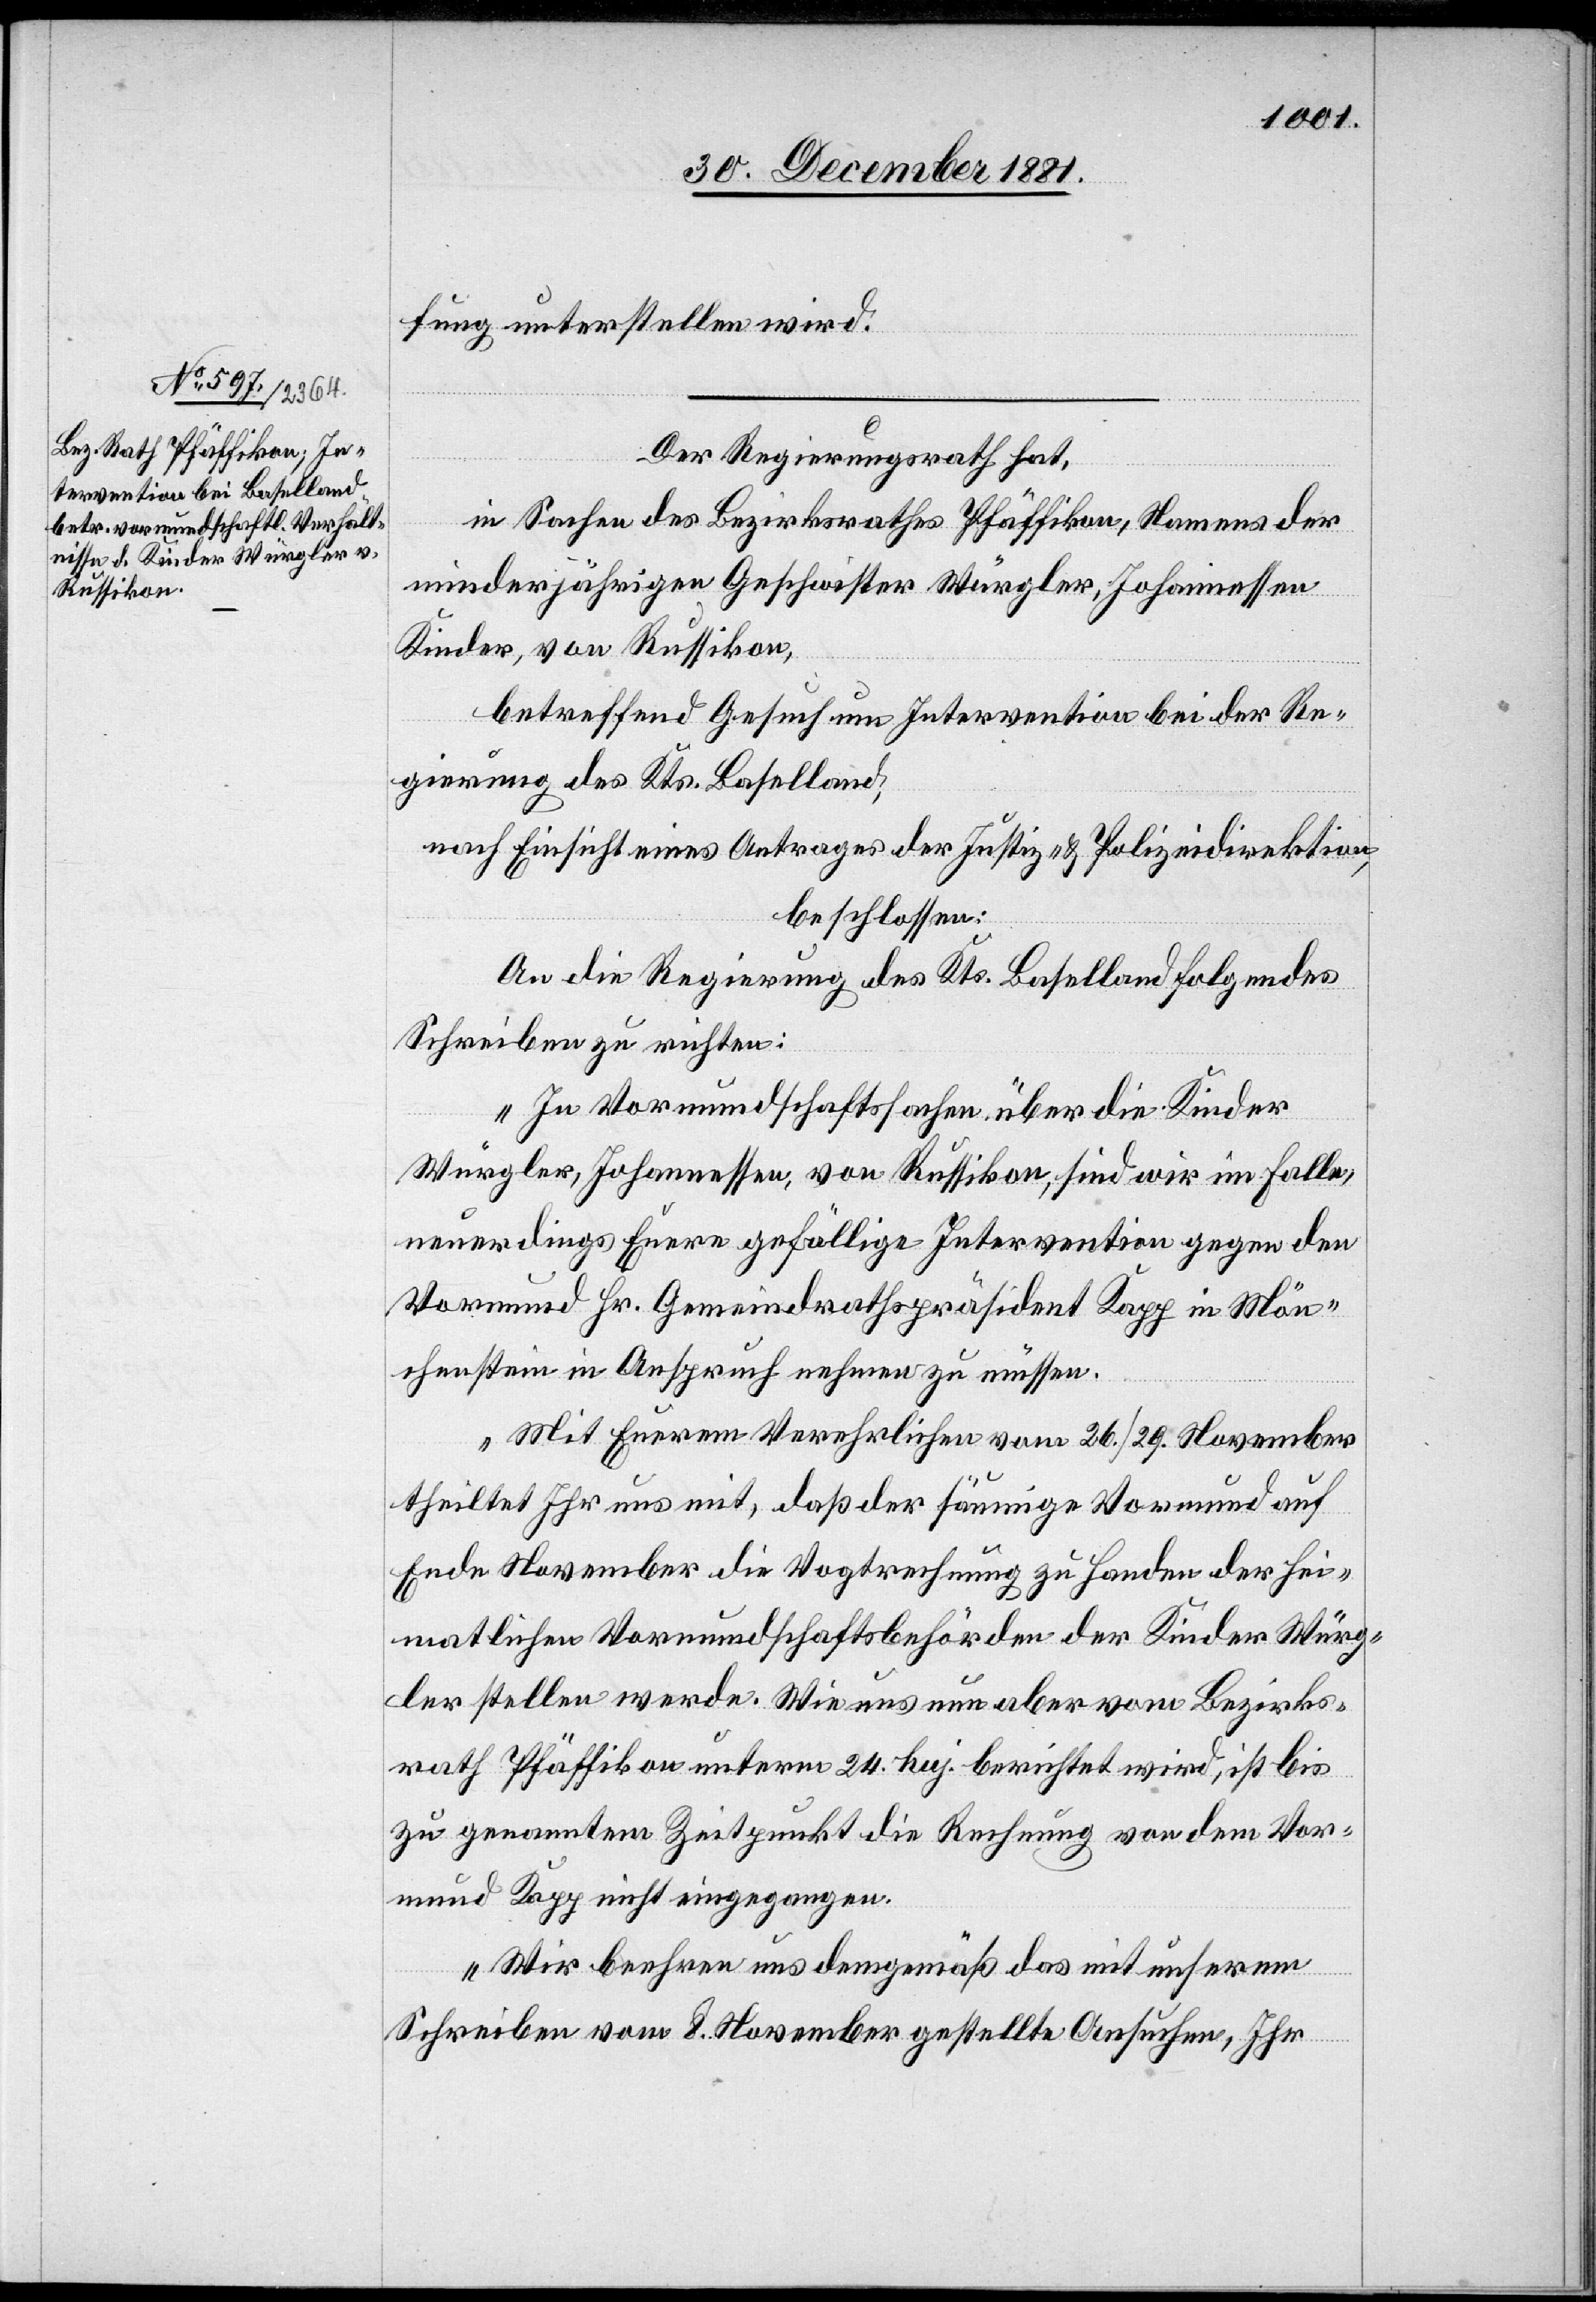
fung unterstellen wird.
Der Regierungsrath hat,
in Sachen des Bezirksrathes Pfäffikon, Namens der
minderjährigen Geschwister Würgler, Johannessen
Kinder, von Russikon,
betreffend Gesuch um Intervention bei der Re¬
gierung des Kts. Baselland,
beschlossen:
An die Regierung des Kts. Baselland folgendes
Schreiben zu richten:
„In Vormundschaftssachen über die Kinder
Würgler, Johannessen, von Russikon, sind wir im Falle,
neuerdings Euer gefällige Intervention gegen den
Vormund Hr. Gemeindrathspräsident Kapp in Mön¬
chenstein in Anspruch nehmen zu müssen.
Mit Euerem Verehrlichen vom 26./29. November
theiltet Ihr uns mit, daß der säumige Vormund auf
Ende November die Vogtrechnung zu Handen der hei¬
matlichen Vormundschaftsbehörden der Kinder Würg¬
ler stellen werde. Wie uns nun aber vom Bezirks¬
rath Pfäffikon unterm 24. huj. berichtet wird, ist bis
zu genanntem Zeitpunkt die Rechnung von dem Vor¬
mund Kapp nicht eingegangen.
Wir beehren uns demgemäß das mit unserem
Schreiben vom 8. November gestellte Gesuch, Ihr